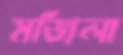
মজিলা